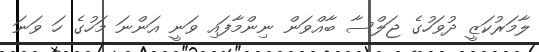
ލާމަރުކަޒީ ދުވަހުގެ ޖަލްސާ ބާއްވަން ނިންމާފައި ވަނީ އަންނަ މަހުގެ ހަ ވަނަ